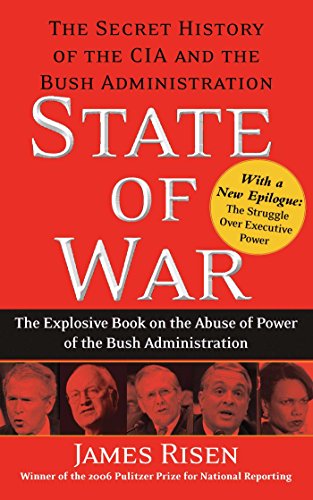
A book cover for State of War: The Secret History of the CIA and the Bush Administration; James Risen; Law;